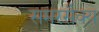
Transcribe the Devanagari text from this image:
समरसैक्य